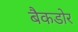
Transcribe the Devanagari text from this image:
बैकडोर